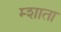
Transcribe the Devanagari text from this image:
म्शाता